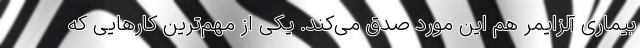
بیماری آلزایمر هم این مورد صدق می‌کند. یکی از مهم‌ترین کارهایی که